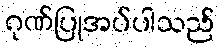
ဂုဏ်ပြုအပ်ပါသည်